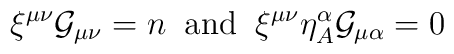
\xi^{\mu\nu}{\cal G}_{\mu\nu}= n\;\; \mbox{and}\;\;  \xi^{\mu\nu}\eta^{\alpha}_{A}{\cal G}_{\mu\alpha} =0